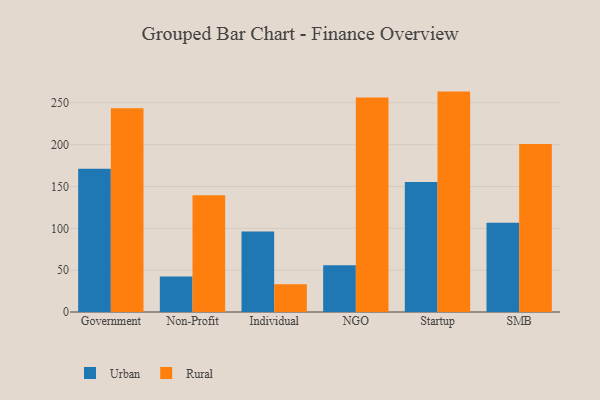
{"axis": {"x": "Segment", "y": "Production Output"}, "legend": ["Rural", "Urban"], "data": [{"x": "Government", "y": 171.3, "type": "Urban"}, {"x": "Government", "y": 243.5, "type": "Rural"}, {"x": "Non-Profit", "y": 42.3, "type": "Urban"}, {"x": "Non-Profit", "y": 139.4, "type": "Rural"}, {"x": "Individual", "y": 96.2, "type": "Urban"}, {"x": "Individual", "y": 33.3, "type": "Rural"}, {"x": "NGO", "y": 56.0, "type": "Urban"}, {"x": "NGO", "y": 256.2, "type": "Rural"}, {"x": "Startup", "y": 155.4, "type": "Urban"}, {"x": "Startup", "y": 263.4, "type": "Rural"}, {"x": "SMB", "y": 106.7, "type": "Urban"}, {"x": "SMB", "y": 200.7, "type": "Rural"}]}